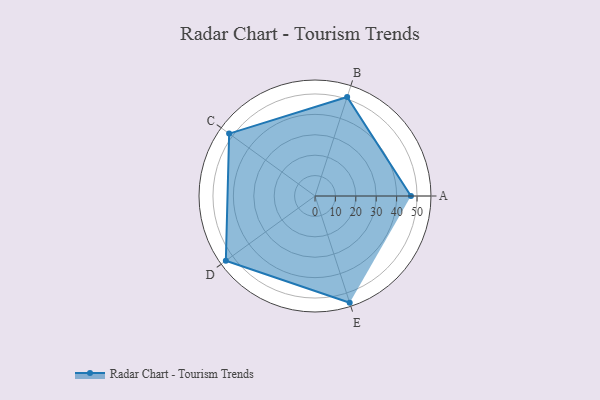
{"axis": {"x": "Skill", "y": "Score"}, "legend": ["Profile"], "data": [{"x": "A", "y": 47.0, "type": "Profile"}, {"x": "B", "y": 51.0, "type": "Profile"}, {"x": "C", "y": 52.0, "type": "Profile"}, {"x": "D", "y": 54.0, "type": "Profile"}, {"x": "E", "y": 55.0, "type": "Profile"}]}